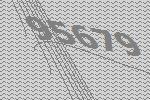
95679